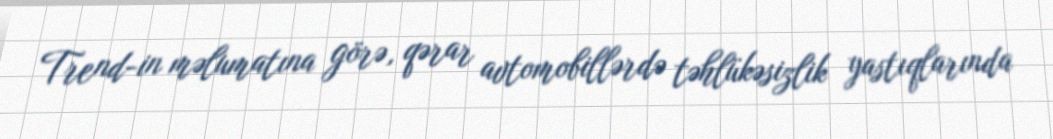
Trend-in məlumatına görə, qərar avtomobillərdə təhlükəsizlik yastıqlarında